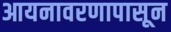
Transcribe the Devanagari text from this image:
आयनावरणापासून